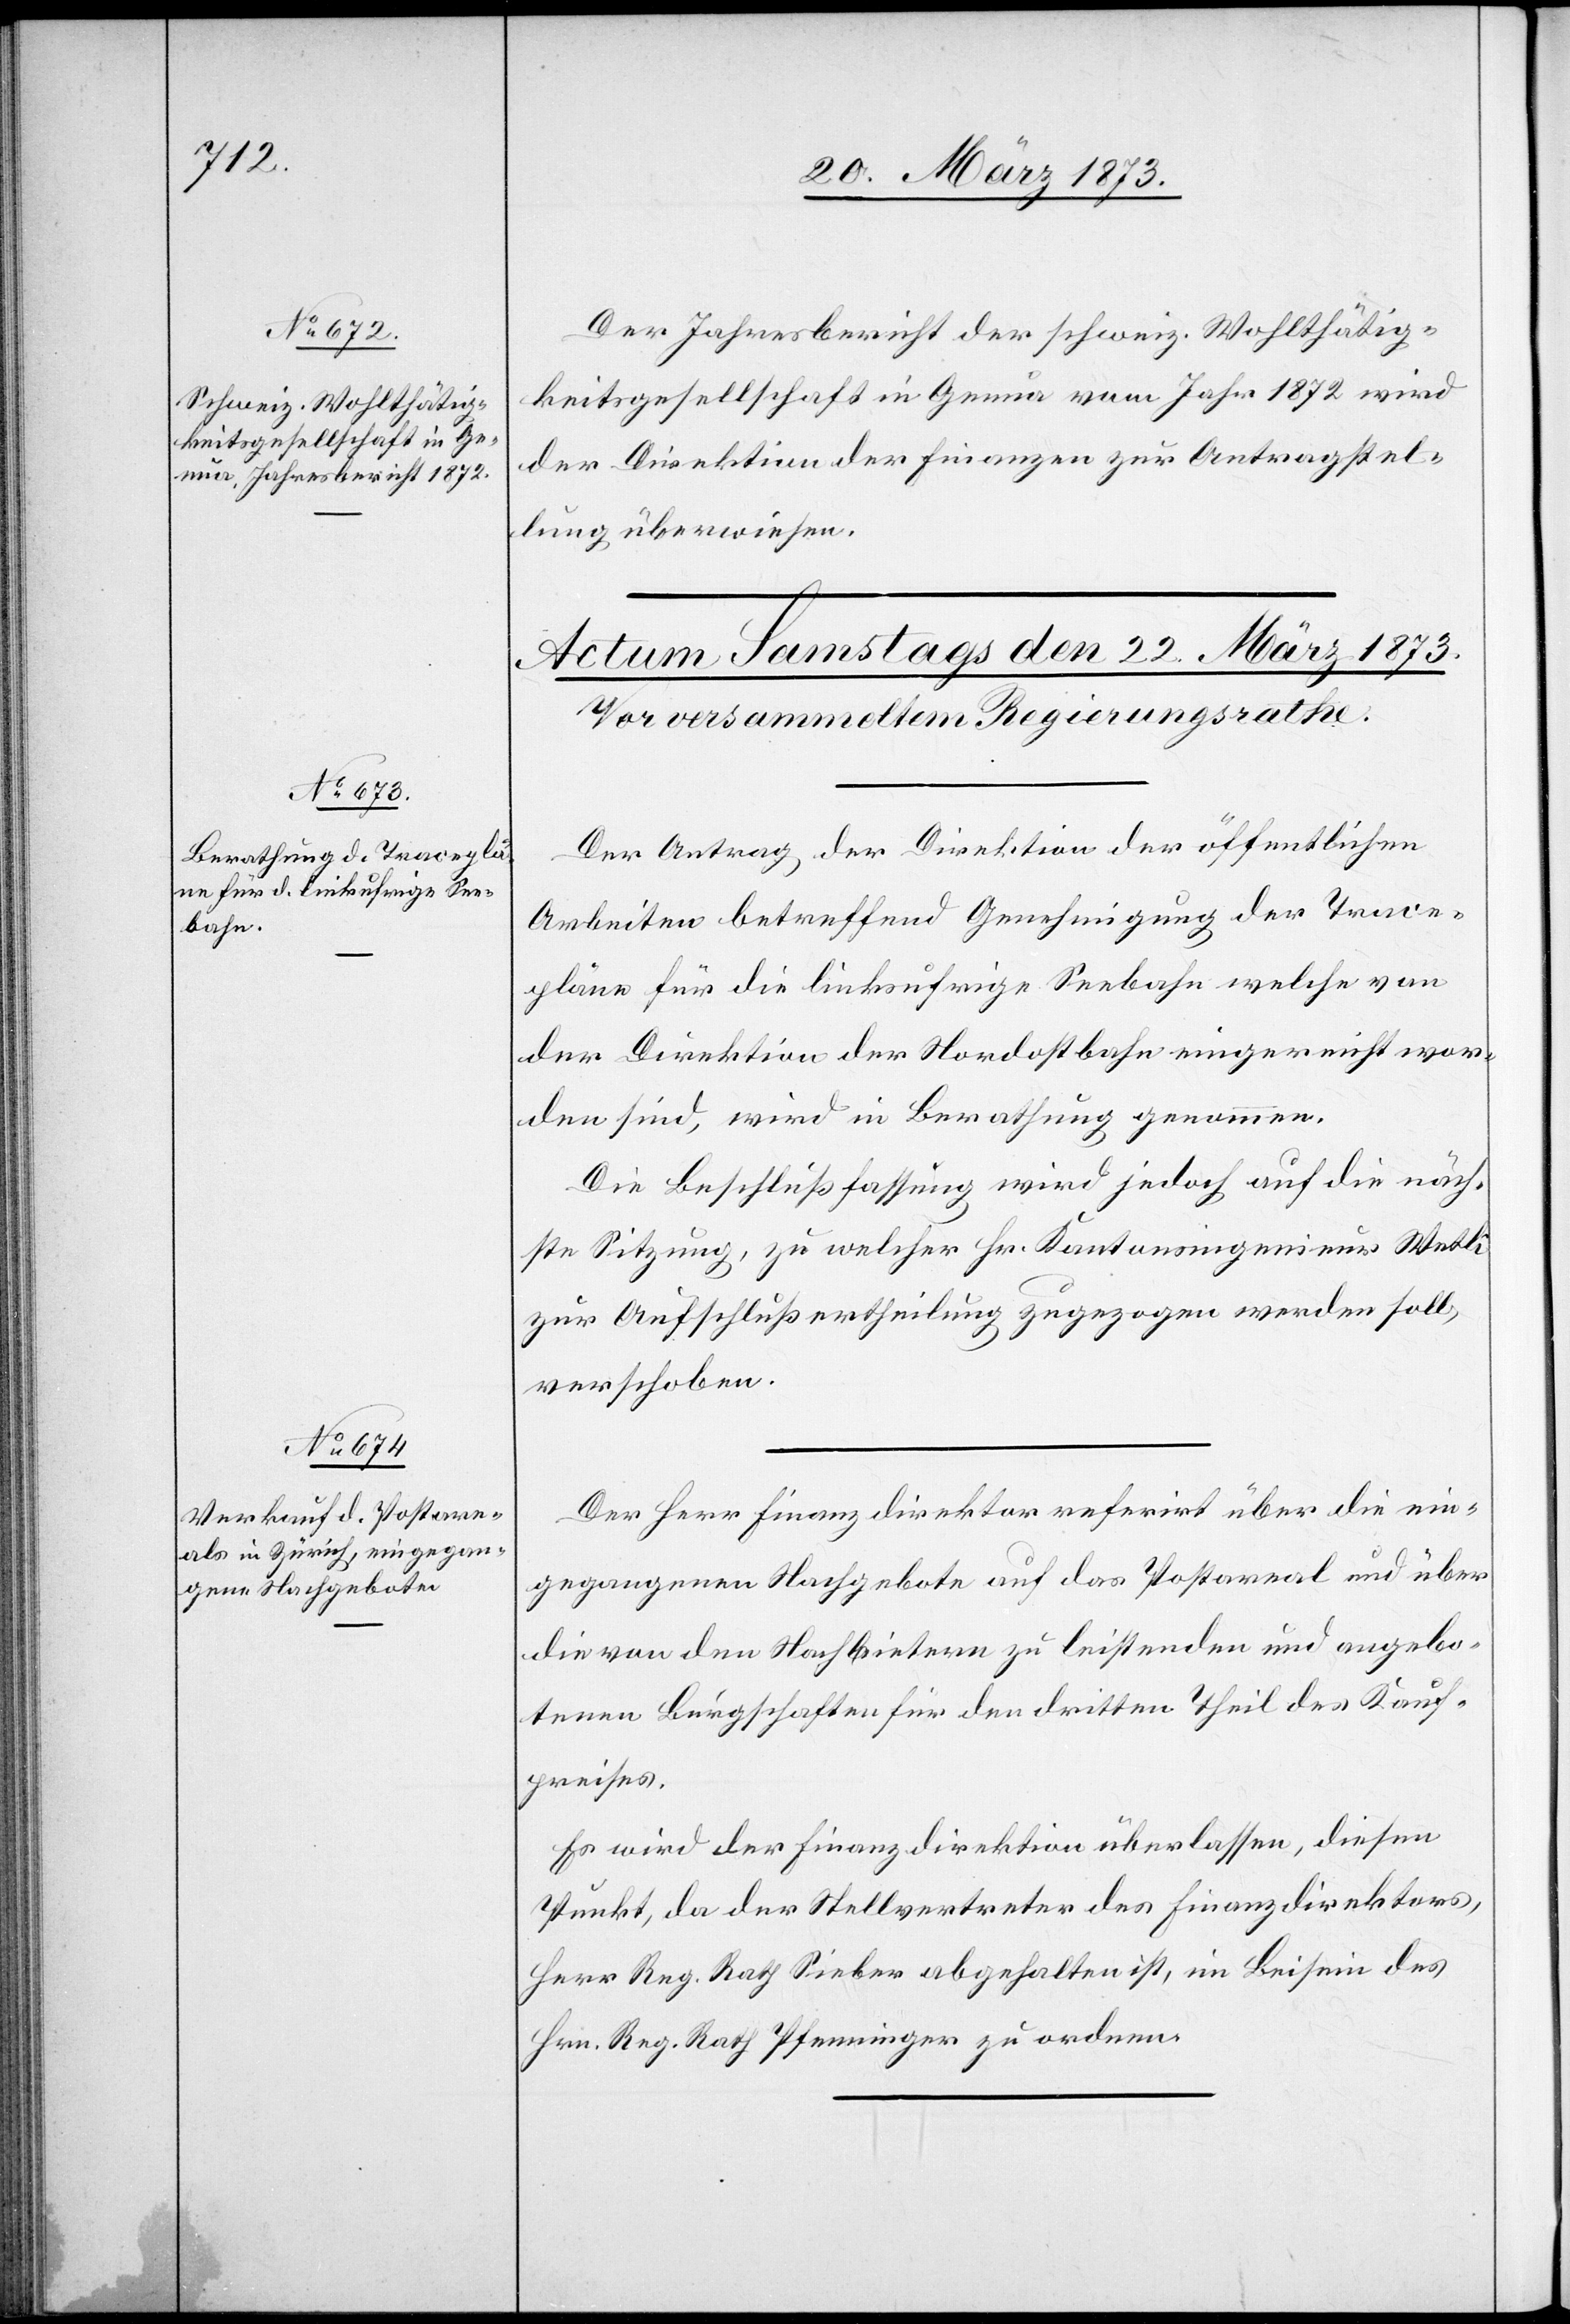
21. März 1873.]
Der Jahresbericht der schweiz. Wohlthätig¬
keitsgesellschaft in Genua vom Jahr 1872 wird
der Direktion der Finanzen zur Antragstel¬
lung überwiesen.
Der Antrag der Direktion der öffentlichen
Arbeiten betreffend Genehmigung der Trace¬
pläne für die linksufrige Seebahn[,] welche von
der Direktion der Nordostbahn eingereicht wor¬
den sind, wird in Berathung genommen.
Die Beschlußfassung wird jedoch auf die näch¬
ste Sitzung, zu welcher Hr. Kantonsingenieur Wetli
zur Aufschlußertheilung zugezogen werden soll,
verschoben.
Der Herr Finanzdirektor referirt über die ein¬
gegangenen Nachgebote auf das Postareal und über
die von den Nachbietern zu leistenden und angebo¬
tenen Bürgschaften für den dritten Theil des Kauf¬
preises.
Es wird der Finanzdirektion überlassen, diesen
Punkt, da der Stellvertreter des Finanzdirektors,
Herr Reg. Rath Sieber abgehalten ist, im Beisein des
Hrn. Reg. Rath Pfenninger zu ordnen.